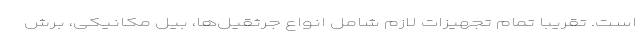
است. تقریبا تمام تجهیزات لازم شامل انواع جرثقیل‌ها، بیل مکانیکی، برش